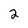
Character: 2